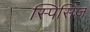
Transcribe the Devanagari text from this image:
स्पिसिज़